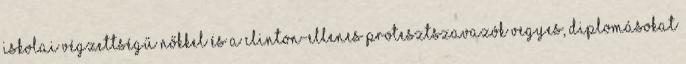
iskolai végzettségű nőkkel és a Clinton-ellenes protesztszavazók vegyes, diplomásokat